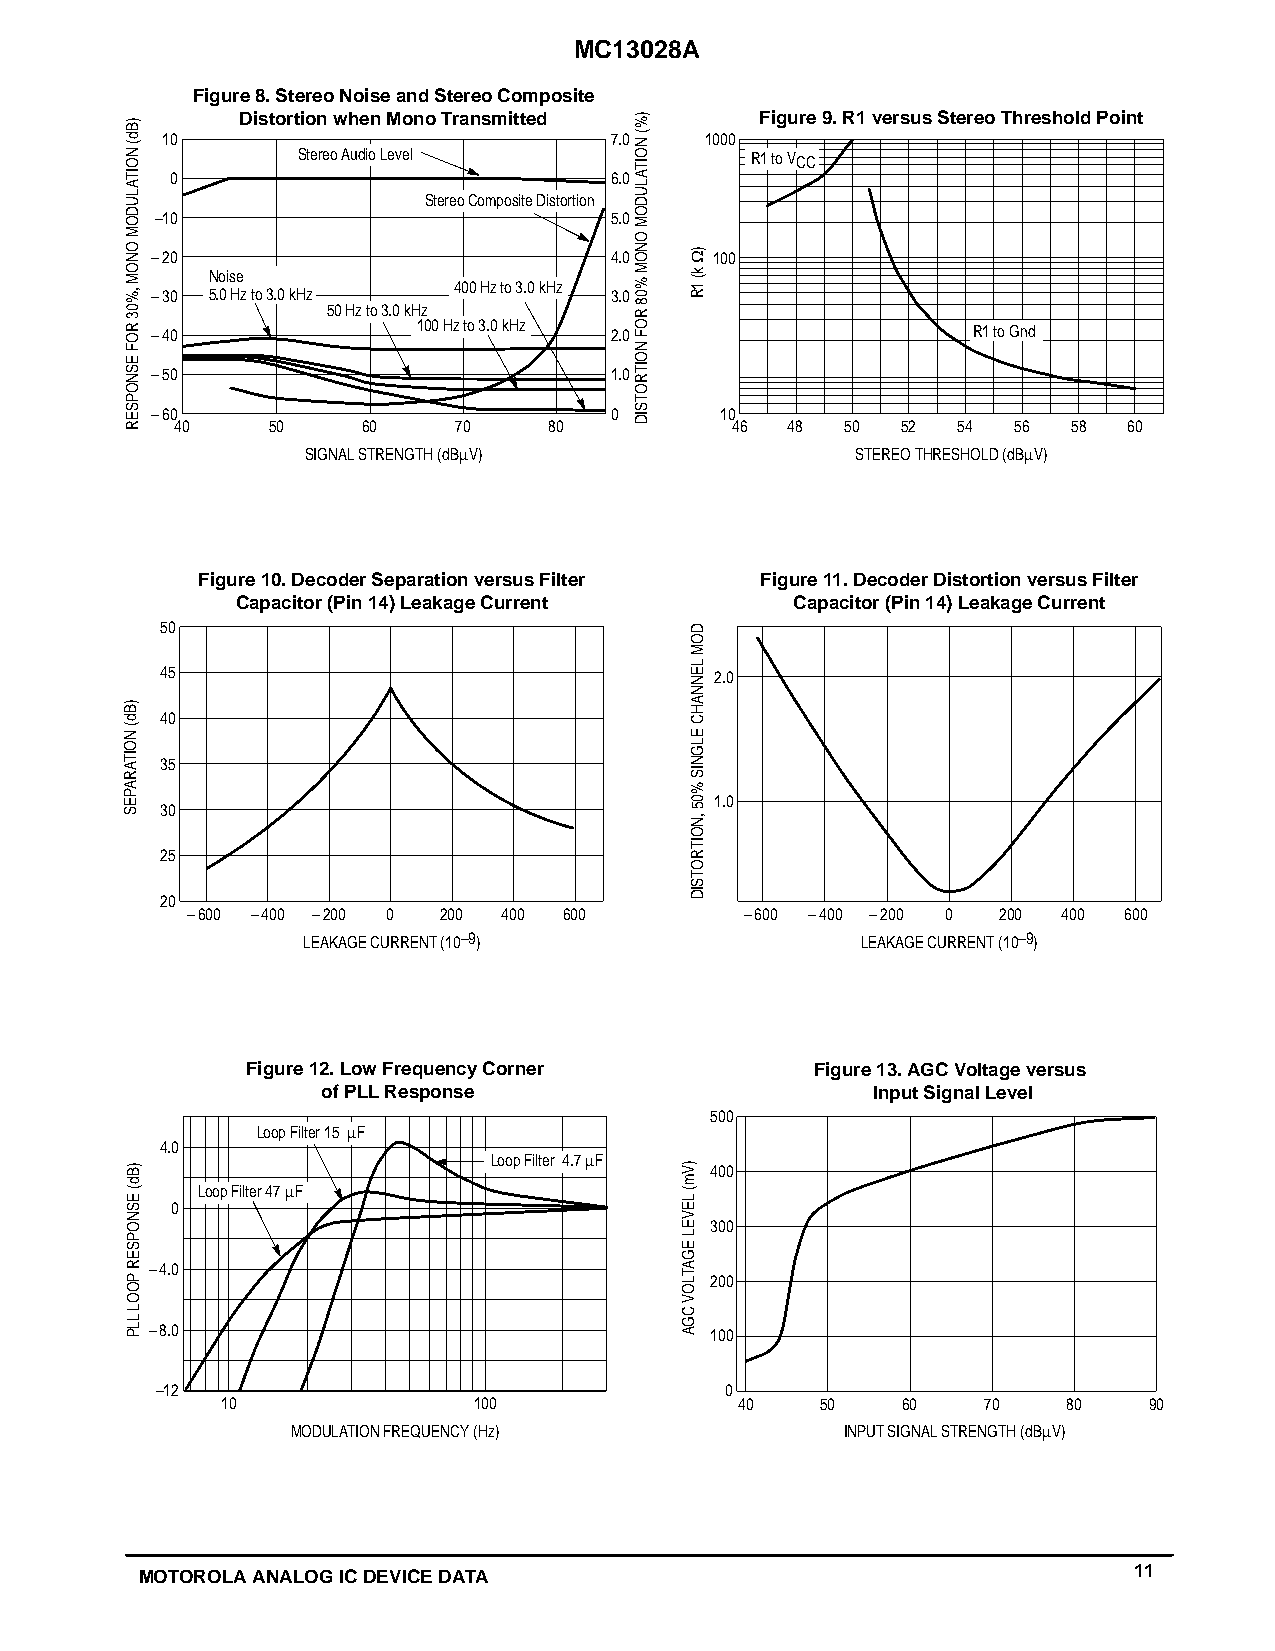
MC13028A
 Figure 8. Stereo Noise and Stereo Composite
 Distortion when Mono Transmitted  Figure 9. R1 versus Stereo Threshold Point
 10                           7.0    1000
 Stereo Audio Level            R1 to VCC
 0                            6.0
 Stereo Composite Distortion
 –10                           5.0
 –20                           4.0    100
 Noise
 400 Hz to 3.0 kHz –30 5.0 Hz to 3.0 kHz 3.0
 50 Hz to 3.0 kHz
 –40               100 Hz to 3.0 kHz 2.0               R1 to Gnd
 –50                           1.0
 –60                           0       10
 40    50    60    70    80          46  48  50  52 54  56  58  60
 SIGNAL STRENGTH (dBm V)              STEREO THRESHOLD (dBm V)
 Figure 10. Decoder Separation versus Filter Figure 11. Decoder Distortion versus Filter
 Capacitor (Pin 14) Leakage Current   Capacitor (Pin 14) Leakage Current
 50
 45                                  2.0
 40
 35
 1.0
 30
 25
 20
 –600 –400 –200 0 200 400 600         –600 –400 –200 0 200 400 600
 LEAKAGE CURRENT (10–9)               LEAKAGE CURRENT (10–9)
 Figure 12. Low Frequency Corner       Figure 13. AGC Voltage versus
 of PLL Response                      Input Signal Level
 500
 Loop Filter 15 m F
 4.0
 Loop Filter 4.7 m F
 400
 Loop Filter 47 m F
 0
 300
 –4.0
 200
 –8.0                                 100
 –12                                   0
 10              100               40   50    60   70    80   90
 MODULATION FREQUENCY (Hz)            INPUT SIGNAL STRENGTH (dBm V)
 MOTOROLA ANALOG IC DEVICE DATA                                    11
 )Bd(
 NOITALUDOM
 ONOM
 ,%03
 ROF
 ESNOPSER
 )Bd(
 NOITARAPES
 )Bd(
 ESNOPSER
 POOL
 LLP
 )%(
 NOITALUDOM
 ONOM
 %08
 ROF
 NOITROTSID
 )
 Wk(
 1R
 DOM
 LENNAHC
 ELGNIS
 %05
 ,NOITROTSID
 )Vm(
 LEVEL
 EGATLOV
 CGA